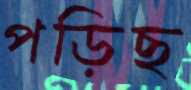
পড়িছ